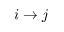
i \rightarrow j